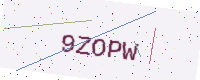
Text: 9ZOPW